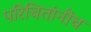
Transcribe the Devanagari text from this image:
परिचितांनीच